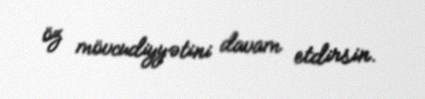
öz mövcudiyyətini davam etdirsin.